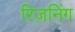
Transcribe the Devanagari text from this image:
रिज़निंग